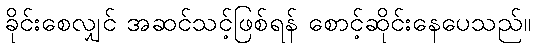
ခိုင်းစေလျှင် အဆင်သင့်ဖြစ်ရန် စောင့်ဆိုင်းနေပေသည်။